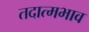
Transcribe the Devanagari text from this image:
तदात्मभाव